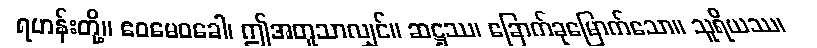
ရဟန်းတို့။ ဧဝမေဝခေါ၊ ဤအတူသာလျှင်။ ဆဋ္ဌဿ၊ ခြောက်ခုမြောက်သော။ သူရိယဿ၊